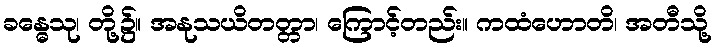
ခန္ဓေသု၊ တို့၌။ အနုသယိတတ္တာ၊ ကြောင့်တည်း။ ကထံဟောတိ၊ အတီသို့